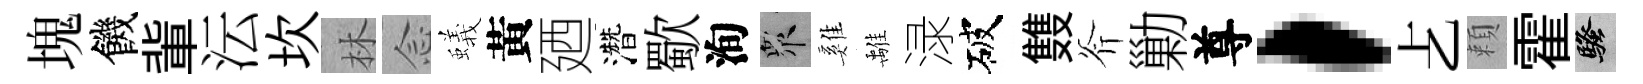
塊饑軰沄坎林𫝹蟻黃廼濳歜洵衆雞𩀌渌破䨇斧勦尊，𠧒頼霍騷